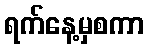
ရက်နေ့မှစကာ